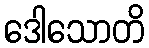
ဒေါသောတိ